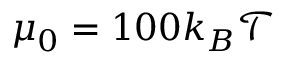
\mu _ { 0 } = 1 0 0 k _ { B } \mathcal { T }